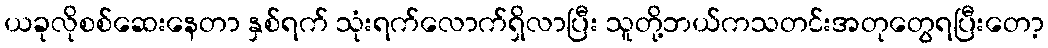
ယခုလိုစစ်ဆေးနေတာ နှစ်ရက် သုံးရက်လောက်ရှိလာပြီး သူတို့ဘယ်ကသတင်းအတုတွေရပြီးတော့